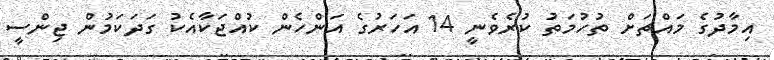
އިމާދުގެ މައްޗަށް ތުހުމަތު ކުރެވެނީ 14 އަހަރުގެ އަންހެން ކުއްޖަކާއެކު ގަދަކަމުން ޖިންސީ